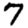
Digit: 7